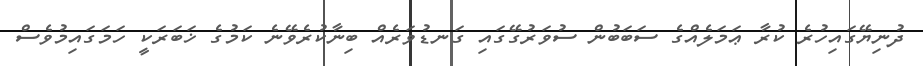
ދުނިޔޭގައިހުރެ ކުރާ ޢަމަލެއްގެ ސަބަބުން ސުވަރުގޭގައި ގަނޑުވަރެއް ބިނާކުރެވޭނެ ކަމުގެ ޚަބަރަކީ ހަމަގައިމުވެސް